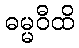
ဓမ္မဝီထိ